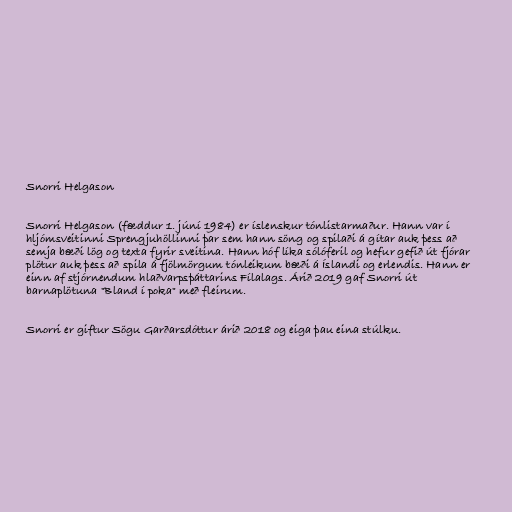
Snorri Helgason

Snorri Helgason (fæddur 1. júní 1984) er íslenskur tónlistarmaður. Hann var í
hljómsveitinni Sprengjuhöllinni þar sem hann söng og spilaði á gítar auk þess að
semja bæði lög og texta fyrir sveitina. Hann hóf líka sólóferil og hefur gefið út fjórar
plötur auk þess að spila á fjölmörgum tónleikum bæði á Íslandi og erlendis. Hann er
einn af stjórnendum hlaðvarpsþáttarins Fílalags. Árið 2019 gaf Snorri út
barnaplötuna "Bland í poka" með fleirum.

Snorri er giftur Sögu Garðarsdóttur árið 2018 og eiga þau eina stúlku.